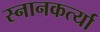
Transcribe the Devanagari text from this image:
स्नानकर्त्या